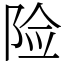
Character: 险